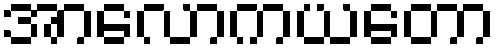
အာလောကယတော